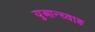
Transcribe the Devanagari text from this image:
युआन्च्वाङ